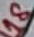
Text: 18